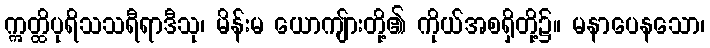
ဣတ္ထိပုရိသသရီရာဒီသု၊ မိန်းမ ယောကျ်ားတို့၏ ကိုယ်အစရှိတို့၌။ မနာပေနသော၊